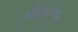
ઘીવાળા